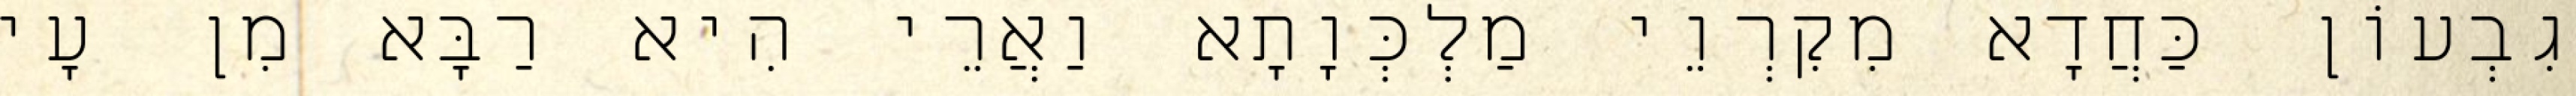
גִבְעוֹן כַּחֲדָא מִקִרְוֵי מַלְכְּוָתָא וַאֲרֵי הִיא רַבָּא מִן עָי